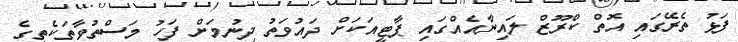
ފަޅު ތެރޭގައި އޮތް ކްރޫޒް ލައިނާއެއްގައި ޕާޓީއަކަށް ދައުވަތު ދިނުމަށް ފަހު މަސްތުވާތަކެތީގެ